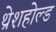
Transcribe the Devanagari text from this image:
थ्रेशहोल्ड